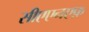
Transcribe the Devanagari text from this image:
सीएएनएफ़